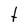
Character: t